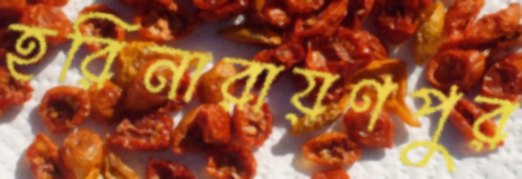
হরিনারায়ণপুর